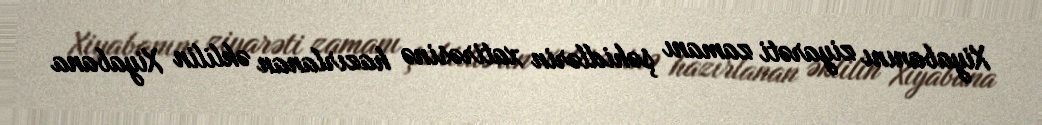
Xiyabanını ziyarəti zamanı şəhidlərin xatirəsinə hazırlanan əklilin Xiyabana